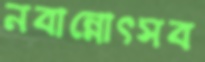
নবান্নোৎসব